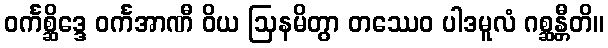
ဝင်္ကစ္ဆိဒ္ဒေ ဝင်္ကအာဏီ ဝိယ ဩနမိတွာ တဿေဝ ပါဒမူလံ ဂစ္ဆန္တီတိ။